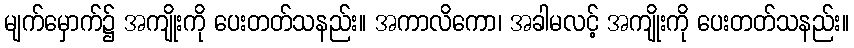
မျက်မှောက်၌ အကျိုးကို ပေးတတ်သနည်း။ အကာလိကော၊ အခါမလင့် အကျိုးကို ပေးတတ်သနည်း။